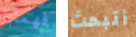
فهمتها أتبحث